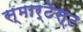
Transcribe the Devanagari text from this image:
स्मार्टेस्ट